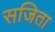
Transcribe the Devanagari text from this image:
सजिता